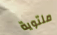
ملتوية